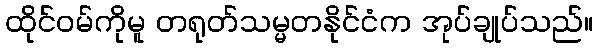
ထိုင်ဝမ်ကိုမူ တရုတ်သမ္မတနိုင်ငံက အုပ်ချုပ်သည်။